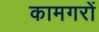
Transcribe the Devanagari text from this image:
कामगरों